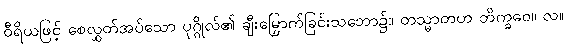
ဝီရိယဖြင့် စေလွှတ်အပ်သော ပုဂ္ဂိုလ်၏ ချီးမြှောက်ခြင်းသဘော၌။ တသ္မာတဟ ဘိက္ခဝေ။ လ။